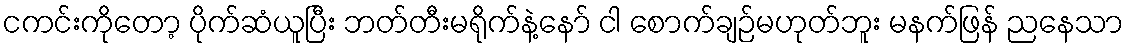
ငကင်းကိုတော့ ပိုက်ဆံယူပြီး ဘတ်တီးမရိုက်နဲ့နော် ငါ စောက်ချဉ်မဟုတ်ဘူး မနက်ဖြန် ညနေသာ